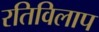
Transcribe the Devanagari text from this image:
रतिविलाप